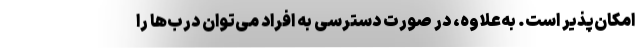
امکان‌پذیر است. به‌علاوه، در صورت دسترسی به افراد می‌توان درب‌ها را